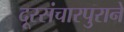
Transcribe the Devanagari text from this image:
दूरसंचारपुराने